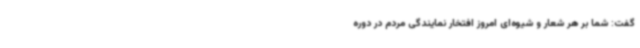
گفت: شما بر هر شعار و شیوه‌ای امروز افتخار نمایندگی مردم در دوره